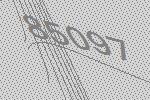
85097